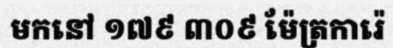
មកនៅ ១៧៩ ៣០៩ ម៉ែត្រការ៉េ